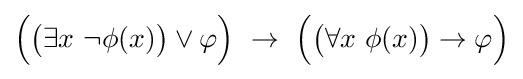
{\Big (}{\big (}\exists x\ \neg \phi (x){\big )}\lor \varphi {\Big )}\,\,\to \,\,{\Big (}{\big (}\forall x\ \phi (x){\big )}\to \varphi {\Big )}